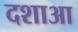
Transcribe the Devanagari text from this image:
दशाआ